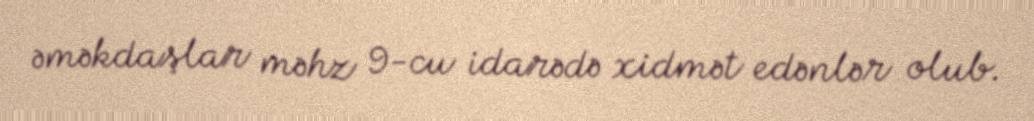
əməkdaşlar məhz 9-cu idarədə xidmət edənlər olub.